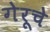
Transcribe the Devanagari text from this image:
गेरूचे